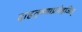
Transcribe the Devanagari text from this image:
दाहतृष्णाप्रमेहजित्‌